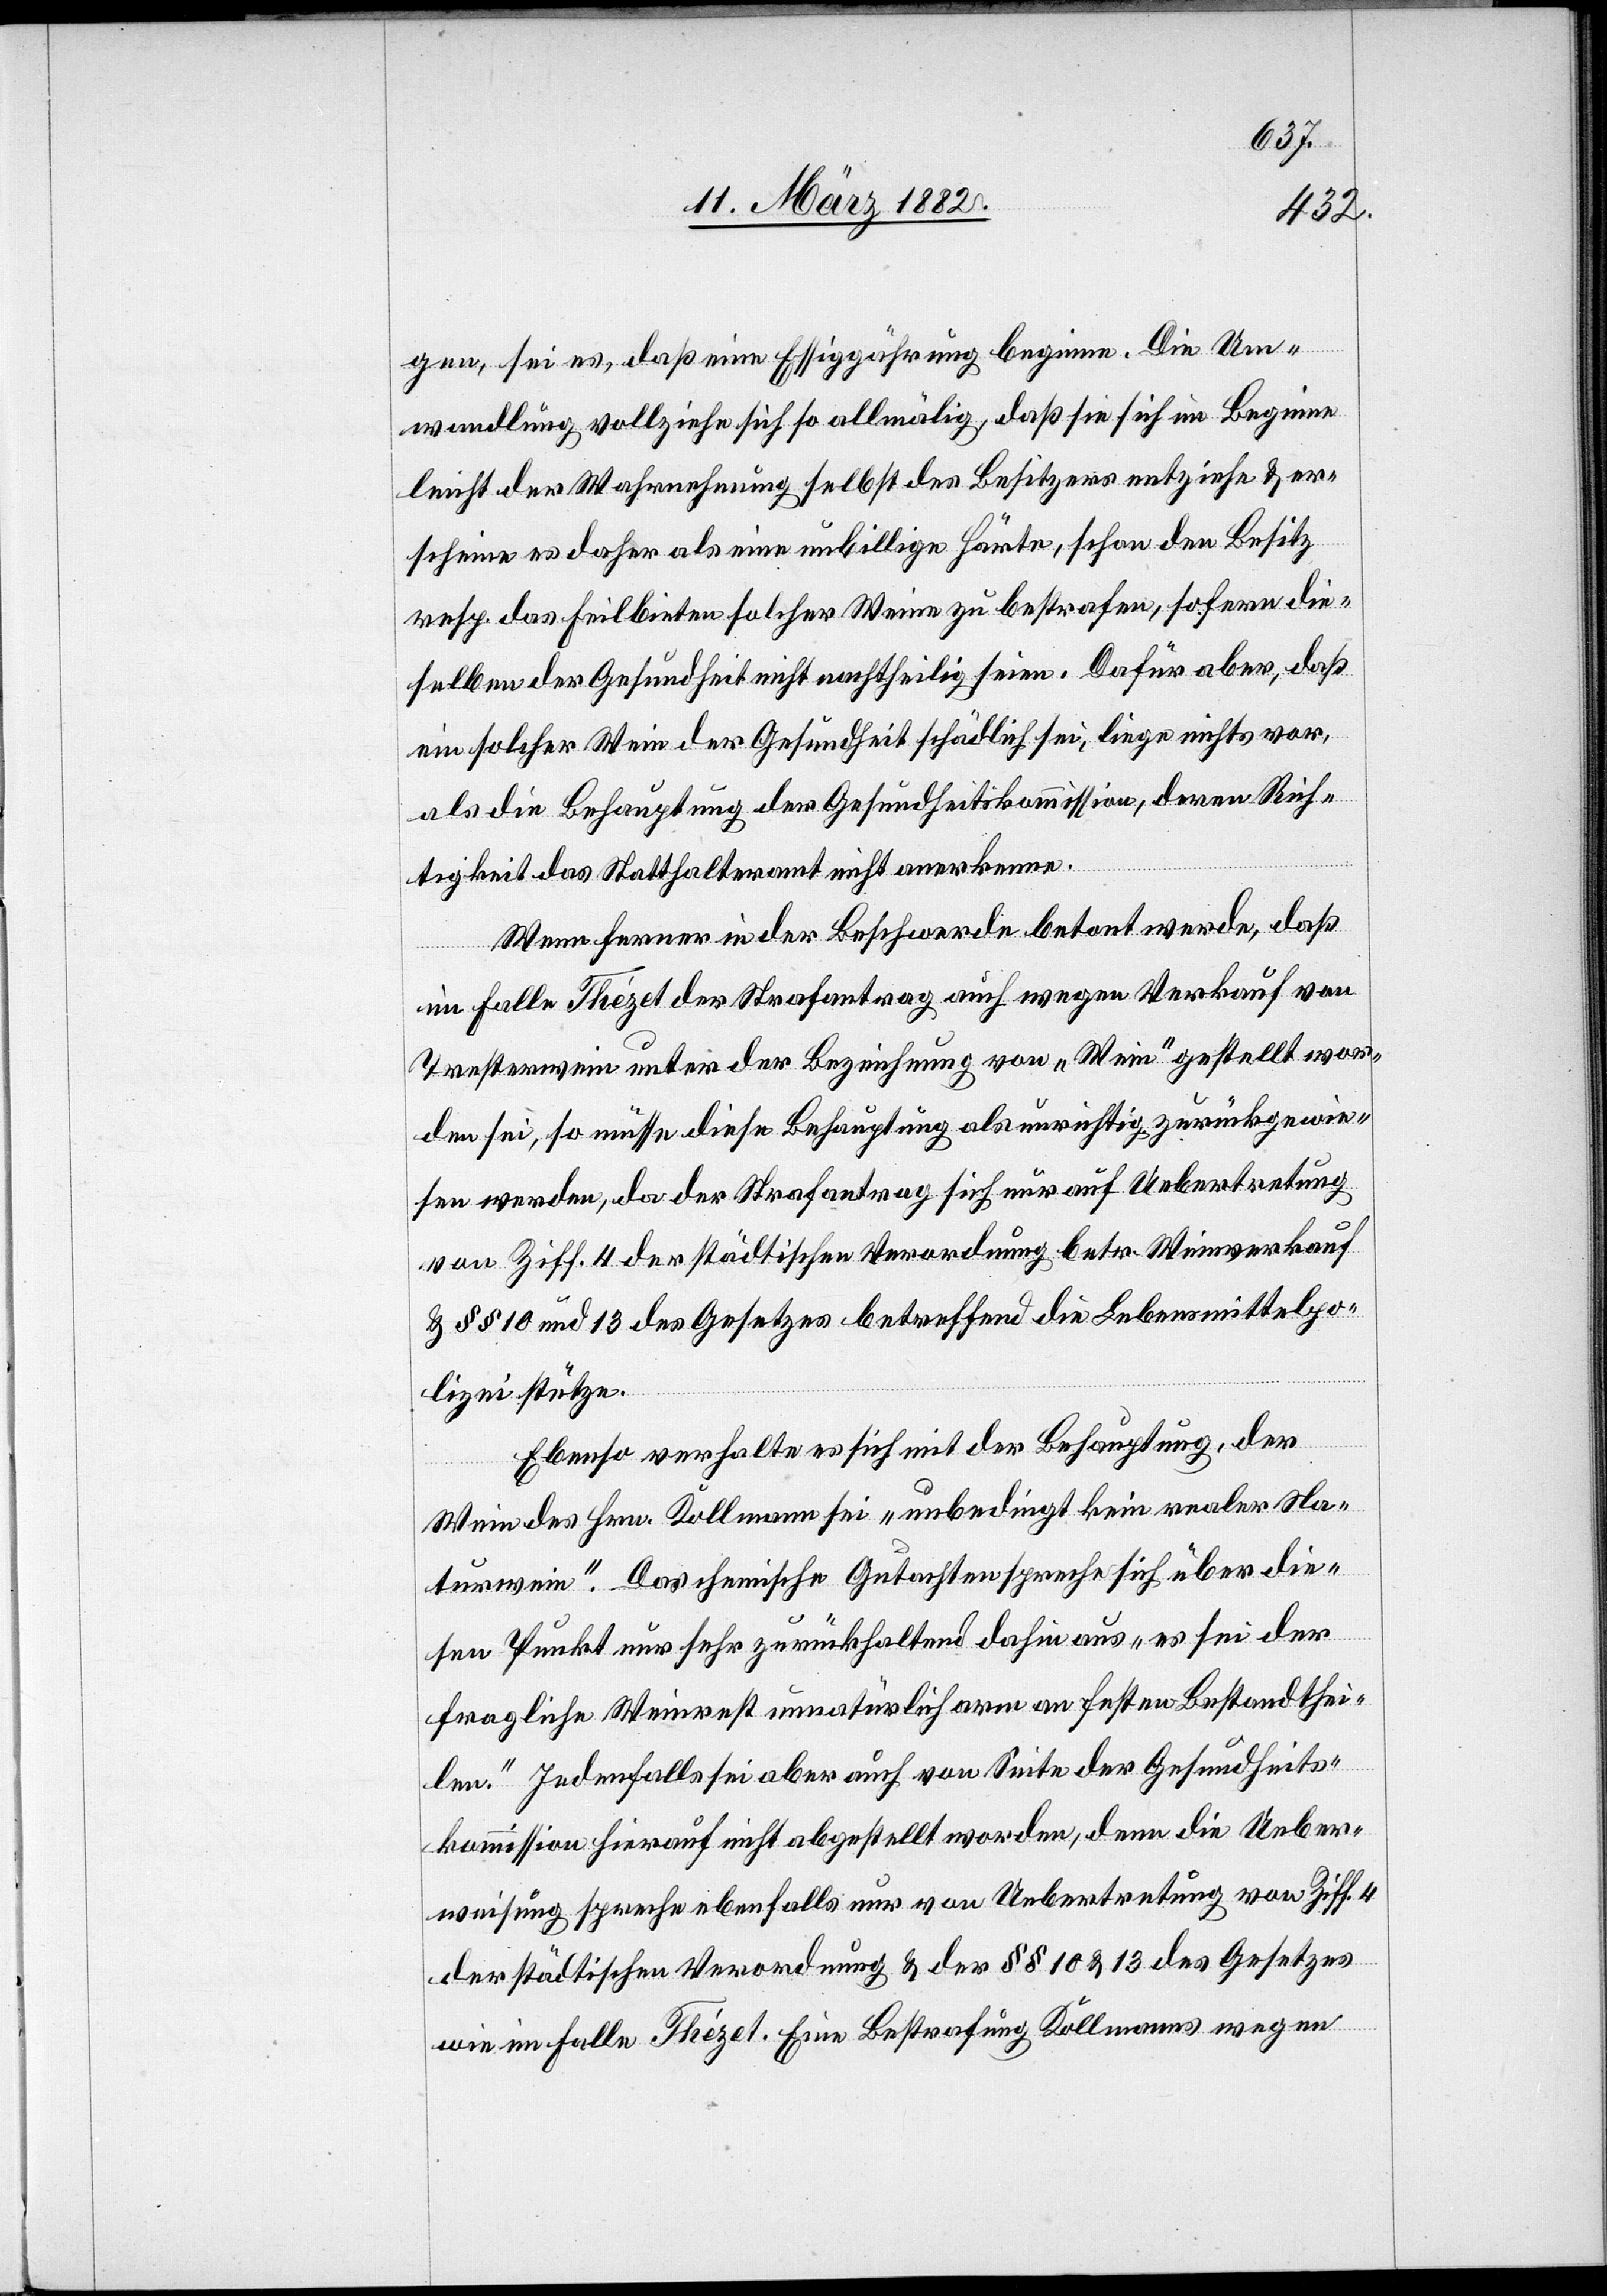
gen, sei es, daß eine Essiggährung beginne. Die Um¬
wandlung vollziehe sich so allmälig, daß sie sich im Beginn
leicht der Wahrnehmung selbst des Besitzers entziehe & er¬
scheine es daher als eine unbillige Härte, schon den Besitz
resp. das Feilbieten solcher Weine zu bestrafen, sofern die¬
selben der Gesundheit nicht nachtheilig seinen. Dafür aber, daß
ein solcher Wein der Gesundheit schädlich sei, liege nichts vor,
als die Behauptung der Gesundheitskommission, deren Rich¬
tigkeit das Statthalteramt nicht anerkenne.
Wenn ferner in der Beschwerde betont werde, daß
im Falle Thézet der Strafantrag auch wegen Verkauf von
Tresterwein unter der Bezeichnung von „Wein“ gestellt wor¬
den sei, so müsse diese Behauptung als unrichtig zurückgewie¬
sen werden, da der Strafantrag sich nur auf Uebertretung
von Ziff. 4 der städtischen Verordnung betr. Weinverkauf
& §§ 10 und 13 des Gesetzes betreffend die Lebensmittelpo¬
lizei stütze.
Ebenso verhalte es sich mit der Behauptung, der
Wein des Hrn. Kollmann sei „unbedingt kein realer Na¬
turwein“. Das chemische Gutachten spreche sich über die¬
sen Punkt nur sehr zurückhaltend dahin aus, „es sei der
fragliche Weinrest unnatürlich arm an festen Bestandthei¬
len“. Jedenfalls sei aber auch von Seite der Gesundheits¬
kommission hierauf nicht abgestellt worden, denn die Ueber¬
weisung spreche ebenfalls nur von Uebertretung von Ziff. 4
der städtischen Verordnung & der §§ 10 & 13 des Gesetzes
wie im Falle Thézet. Eine Bestrafung Kollmanns wegen